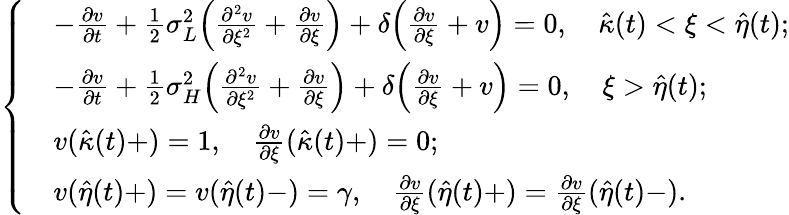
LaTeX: \left\{ \begin{array}{rl}&{-\frac{\partial v}{\partial t}+\frac 12\sigma_{L}^{2}\Big(\frac{\partial^{2}v}{\partial\xi^{2}}+\frac{\partial v}{\partial\xi}\Big)+\delta\Big(\frac{\partial v}{\partial\xi}+v\Big)=0,\quad\hat{\kappa}(t)<\xi<\hat{\eta}(t);}\\ &{-\frac{\partial v}{\partial t}+\frac 12\sigma_{H}^{2}\Big(\frac{\partial^{2}v}{\partial\xi^{2}}+\frac{\partial v}{\partial\xi}\Big)+\delta\Big(\frac{\partial v}{\partial\xi}+v\Big)=0,\quad\xi>\hat{\eta}(t);}\\ &{v(\hat{\kappa}(t)+)=1,\quad\frac{\partial v}{\partial\xi}(\hat{\kappa}(t)+)=0;}\\ &{v(\hat{\eta}(t)+)=v(\hat{\eta}(t)-)=\gamma,\quad\frac{\partial v}{\partial\xi}(\hat{\eta}(t)+)=\frac{\partial v}{\partial\xi}(\hat{\eta}(t)-).}\end{array}\right.